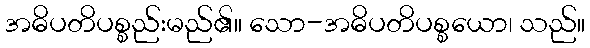
အဓိပတိပစ္စည်းမည်၏။ သော-အဓိပတိပစ္စယော၊ သည်။